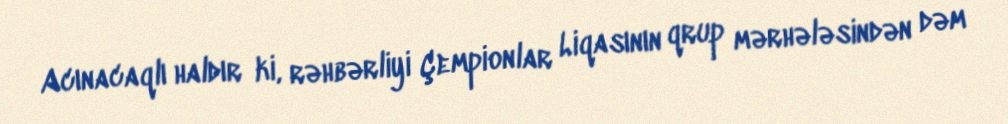
Acınacaqlı haldır ki, rəhbərliyi Çempionlar Liqasının qrup mərhələsindən dəm